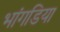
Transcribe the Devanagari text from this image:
भांगडिया